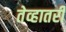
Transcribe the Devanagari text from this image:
तेव्हातरी